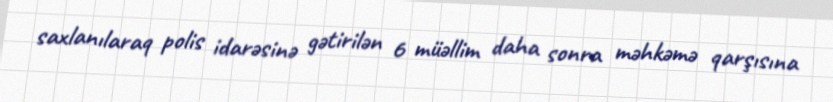
saxlanılaraq polis idarəsinə gətirilən 6 müəllim daha sonra məhkəmə qarşısına